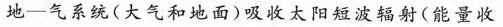
地-气系统(大气和地面)吸收太阳短波辐射(能量收